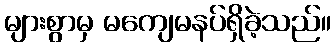
များစွာမှ မကျေမနပ်ရှိခဲ့သည်။